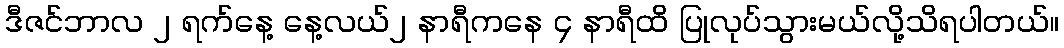
ဒီဇင်ဘာလ ၂ ရက်နေ့ နေ့လယ်၂ နာရီကနေ ၄ နာရီထိ ပြုလုပ်သွားမယ်လို့သိရပါတယ်။